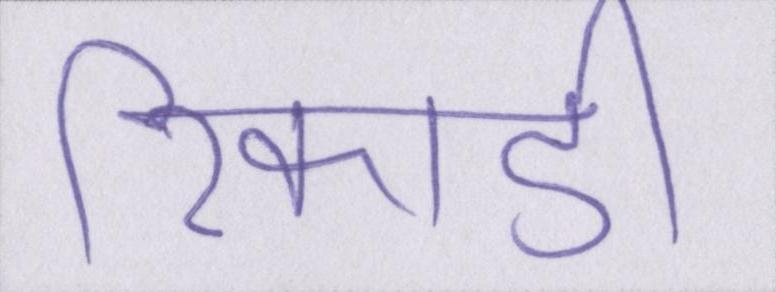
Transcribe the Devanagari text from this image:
रिकार्ड